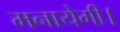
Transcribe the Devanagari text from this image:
मनायेगी।